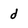
Character: d